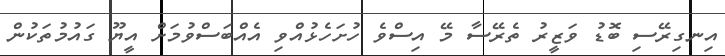
އިނގިރޭސި ބޮޑު ވަޒީރު ތެރޭސާ މޭ އިސްވެ ހުށަހެޅުއްވި އެއްބަސްވުމަށް އީޔޫ ގައުމުތަކުން